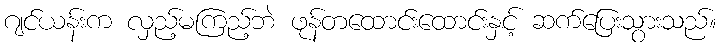
ဂျင်ယန်းက လှည့်မကြည့်ဘဲ ဖုန်တထောင်းထောင်းနှင့် ဆက်ပြေးသွားသည်။